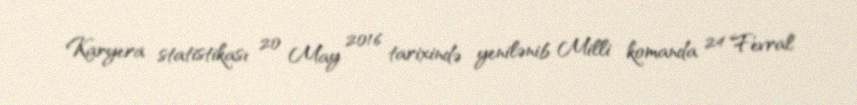
Karyera statistikası 20 May 2016 tarixində yenilənib Milli komanda 24 Fevral